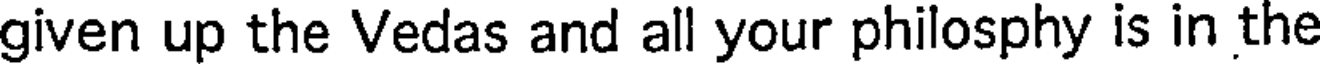
given up the Vedas and all your philosphy is in the